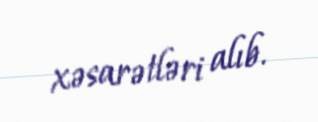
xəsarətləri alıb.